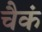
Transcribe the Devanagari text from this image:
चैकं